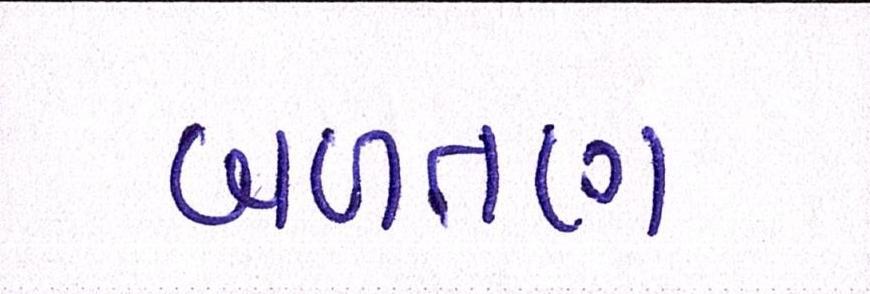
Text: બળતણ